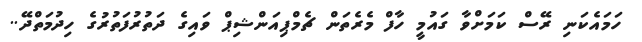
ހަމައެކަނި ރޭސް ކަމަށްވާ ގައުމީ ހާފް މެރެތަން ޗެމްޕިއަންޝިޕް ވައިގެ ދަތުރުފަތުރުގެ ހިދުމަތްދޭ..